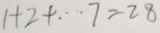
1 + 2 + \cdots 7 = 2 8